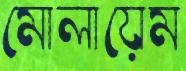
মোলায়েম